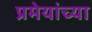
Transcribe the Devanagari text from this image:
प्रमेयांच्या